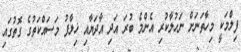
ފިލްމަކީ މިހާތަނަށް ނަހުލާކުރި އެންމެ ބުރަ އަދި އާދަޔާއި ޚިލާފު މަސައްކަތުގެ ގޮތުގައި